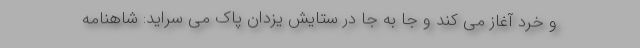
و خرد آغاز می کند و جا به جا در ستایش یزدان پاک می سراید: شاهنامه